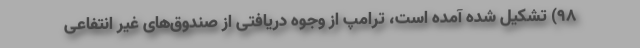
۹۸) تشکیل شده آمده است، ترامپ از وجوه دریافتی از صندوق‌های غیر انتفاعی